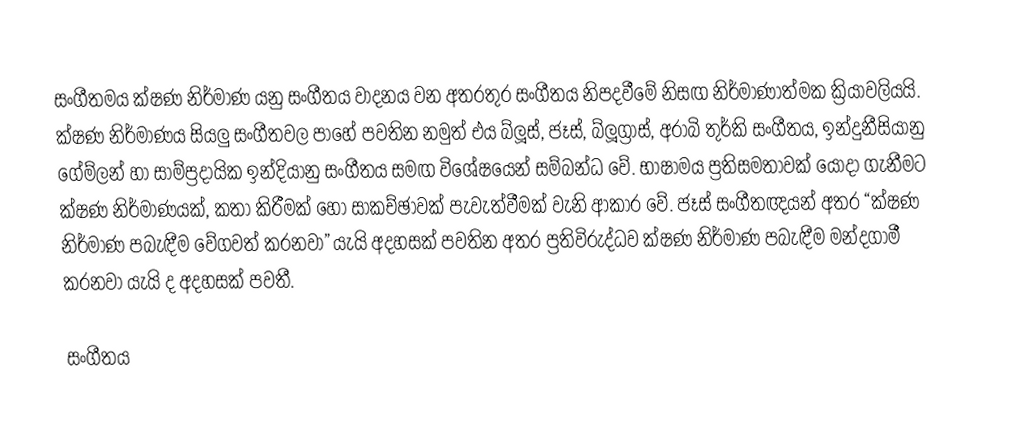
සංගීතමය ක්ෂණ නිර්මාණ යනු සංගීතය වාදනය වන අතරතුර සංගීතය නිපදවීමේ නිසඟ නිර්මාණාත්මක ක්‍රියාවලියයි. ක්ෂණ නිර්මාණය සියලු සංගීතවල පාහේ පවතින නමුත් එය බ්ලූස්, ජෑස්, බ්ලූග්‍රාස්, අරාබි තුර්කි සංගීතය, ඉන්දුනීසියානු ගේම්ලන් හා සාම්ප්‍රදායික ඉන්දියානු සංගීතය සමඟ විශේෂයෙන් සම්බන්ධ වේ. භාෂාමය ප්‍රතිසමතාවක් යොදා ගැනීමට ක්ෂණ නිර්මාණයක්, කතා කිරීමක් හෝ සාකච්ඡාවක් පැවැත්වීමක් වැනි ආකාර වේ. ජෑස් සංගීතඥයන් අතර “ක්ෂණ නිර්මාණ පබැඳීම වේගවත් කරනවා” යැයි අදහසක් පවතින අතර ප්‍රතිවිරුද්ධව ක්ෂණ නිර්මාණ පබැඳීම මන්දගාමී කරනවා යැයි ද අදහසක් පවතී.

සංගීතය